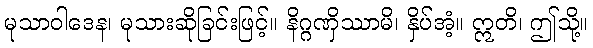
မုသာဝါဒေန၊ မုသားဆိုခြင်းဖြင့်။ နိဂ္ဂဏှိဿာမိ၊ နှိပ်အံ့။ ဣတိ၊ ဤသို့။